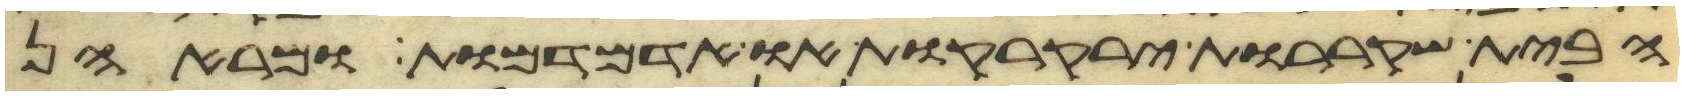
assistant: הבית שקעררות ירקרקות או אדמדמות ומראהן